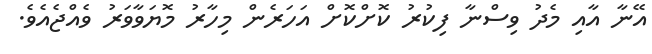
އޭނާ އާއި މެދު ވިސްނާ ފިކުރު ކޮށްކޮށް އަހަރެން މިހާރު މޮޔަވާވަރު ވެއްޖެއެވެ.